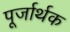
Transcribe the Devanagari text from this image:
पूर्जार्थक